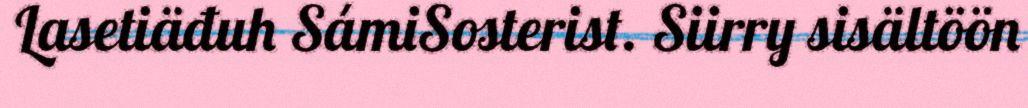
Lasetiäđuh SámiSosterist. Siirry sisältöön